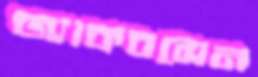
জ্যাকবসেন